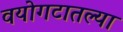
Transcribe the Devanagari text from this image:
वयोगटातल्या